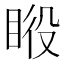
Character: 𰥦